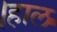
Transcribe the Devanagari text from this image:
।हाल